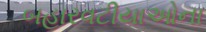
બહારવટીયાઓના